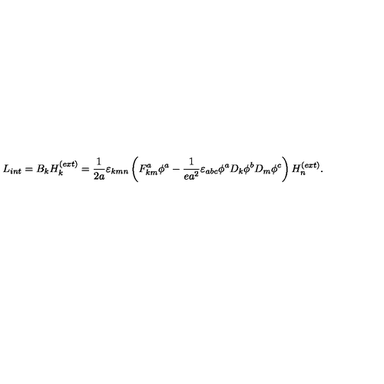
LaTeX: L _ { i n t } = B _ { k } H _ { k } ^ { ( e x t ) } = \frac { 1 } { 2 a } \varepsilon _ { k m n } \left( F _ { k m } ^ { a } \phi ^ { a } - \frac { 1 } { e a ^ { 2 } } \varepsilon _ { a b c } \phi ^ { a } D _ { k } \phi ^ { b } D _ { m } \phi ^ { c } \right) H _ { n } ^ { ( e x t ) } .